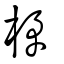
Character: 楙